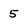
Character: 5